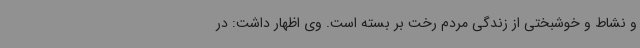
و نشاط و خوشبختی از زندگی مردم رخت بر بسته است. وی اظهار داشت: در